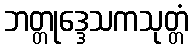
ဘတ္တုဒ္ဒေသကသုတ္တံ